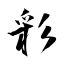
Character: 彩